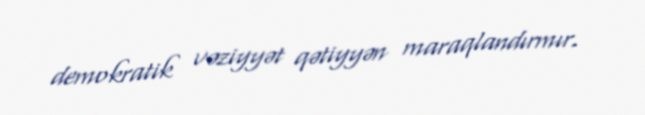
demokratik vəziyyət qətiyyən maraqlandırmır.